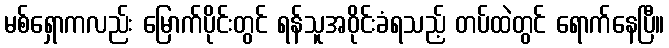
မစ်ရှောကလည်း မြောက်ပိုင်းတွင် ရန်သူအဝိုင်းခံရသည့် တပ်ထဲတွင် ရောက်နေပြီ။